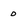
Character: 0